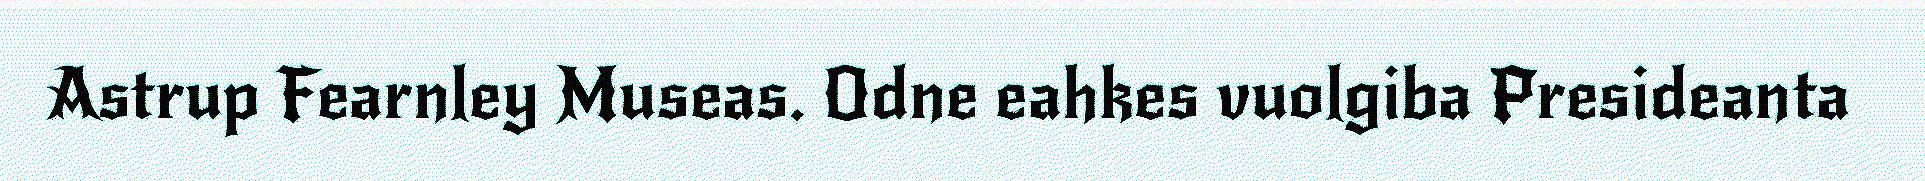
Astrup Fearnley Museas. Odne eahkes vuolgiba Presideanta